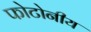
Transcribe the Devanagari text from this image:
फोटोनीय